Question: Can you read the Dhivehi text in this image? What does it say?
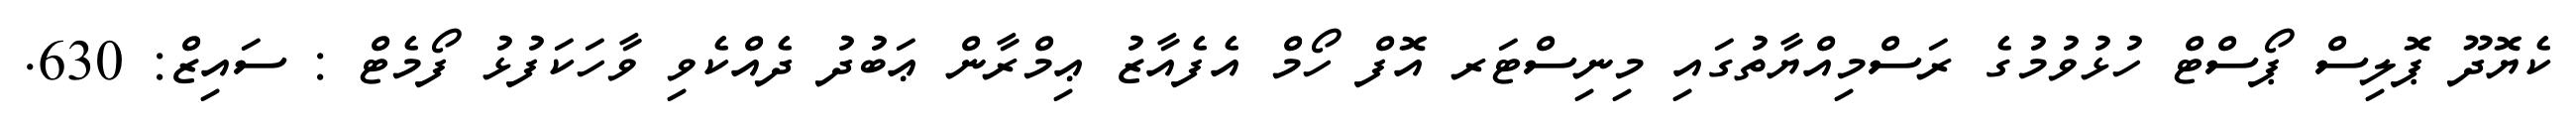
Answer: ކެޔޮދޫ ޕޮލިސް ޕޯސްޓް ހުޅުވުމުގެ ރަސްމިއްޔާތުގައި މިނިސްޓަރ އޮފް ހޯމް އެފެއާޒު ޢިމްރާން ޢަބުދު ދެއްކެވި ވާހަކަފުޅު ފޯމެޓް : ސައިޒް: 630.